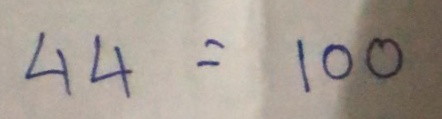
44 = 100